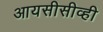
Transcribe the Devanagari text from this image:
आयसीसीव्ही